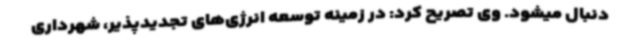
دنبال میشود. وی تصریح کرد: در زمینه توسعه انرژی‌های تجدیدپذیر، شهرداری